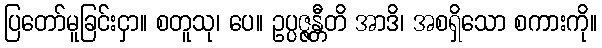
ပြတော်မူခြင်းငှာ။ စတူသု၊ ပေ။ ဥပ္ပဇ္ဇန္တီတိ အာဒိ၊ အစရှိသော စကားကို။